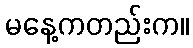
မနေ့ကတည်းက။